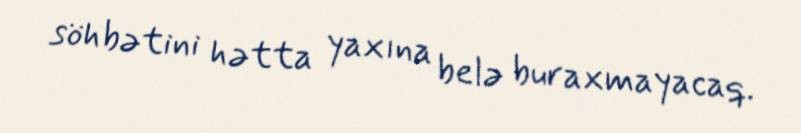
söhbətini hətta yaxına belə buraxmayacaq.